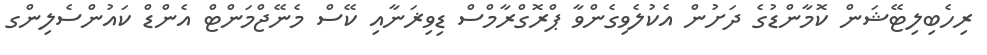
ރިހެބިލިޓޭޝަން ކޮމާންޑުގެ ދަށުން އެކުލެވިގެންވާ ޕްރޮގްރާމްސް ޑިވިޜަނާއި ކޭސް މެނޭޖްމަންޓް އެންޑް ކައުންސެލިންގ